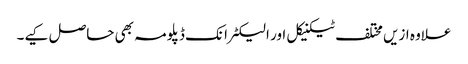
علاوہ ازیں مختلف ٹیکنیکل اور الیکٹرانک ڈپلومہ بھی حاصل کیے۔